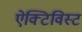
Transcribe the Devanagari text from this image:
ऐक्टिविस्ट